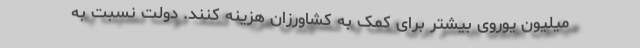
میلیون یوروی بیشتر برای کمک به کشاورزان هزینه کنند. دولت نسبت به